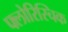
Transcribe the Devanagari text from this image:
फ्लोरिस्चिक